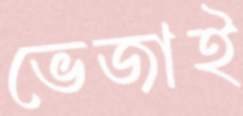
ভেজাই